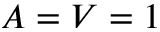
A = V = 1